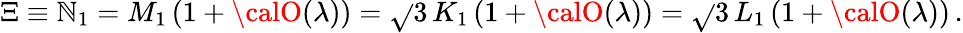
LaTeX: \Xi\equiv\mathbb{N}_{1}=M_{1}\left(1+{\calO}(\lambda)\right)=\sqrt{}{{3}}\, K_{1}\left(1+{\calO}(\lambda)\right)=\sqrt{}{{3}}\, L_{1}\left(1+{\calO}(\lambda)\right)\, .